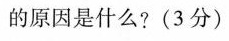
的原因是什么?(3分)